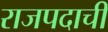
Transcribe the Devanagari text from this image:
राजपदाची